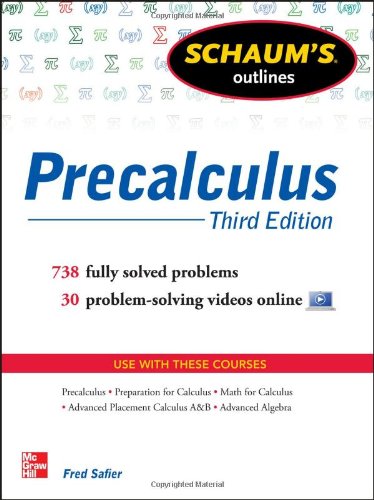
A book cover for Schaum's Outline of Precalculus, 3rd Edition: 738 Solved Problems + 30 Videos (Schaum's Outlines); Fred Safier; Science & Math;